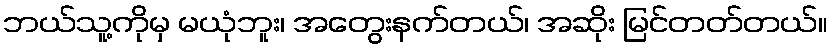
ဘယ်သူ့ကိုမှ မယုံဘူး၊ အတွေးနက်တယ်၊ အဆိုး မြင်တတ်တယ်။